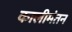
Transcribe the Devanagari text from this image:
कालीमंतन